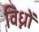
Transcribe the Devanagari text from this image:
विध्नों